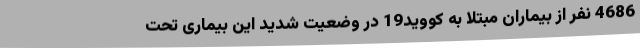
4686 نفر از بیماران مبتلا به کووید19 در وضعیت شدید این بیماری تحت